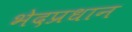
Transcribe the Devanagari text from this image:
भेदप्रधान